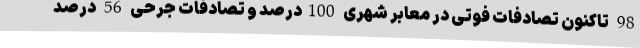
98 تاکنون تصادفات فوتی در معابر شهری 100درصد و تصادفات جرحی 56 درصد